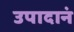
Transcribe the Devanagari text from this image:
उपादानं